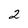
Character: 2